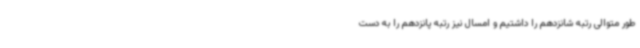
طور متوالی رتبه شانزدهم را داشتیم و امسال نیز رتبه پانزدهم را به دست